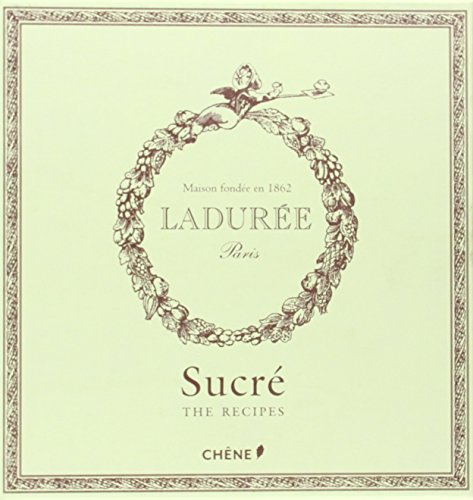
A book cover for Laduree: The Sweet Recipes; Philippe Andrieu; Cookbooks, Food & Wine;